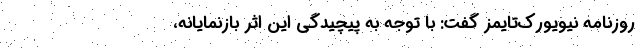
روزنامه نیویورک‌تایمز گفت: با توجه به پیچیدگی این اثر بازنمایانه،